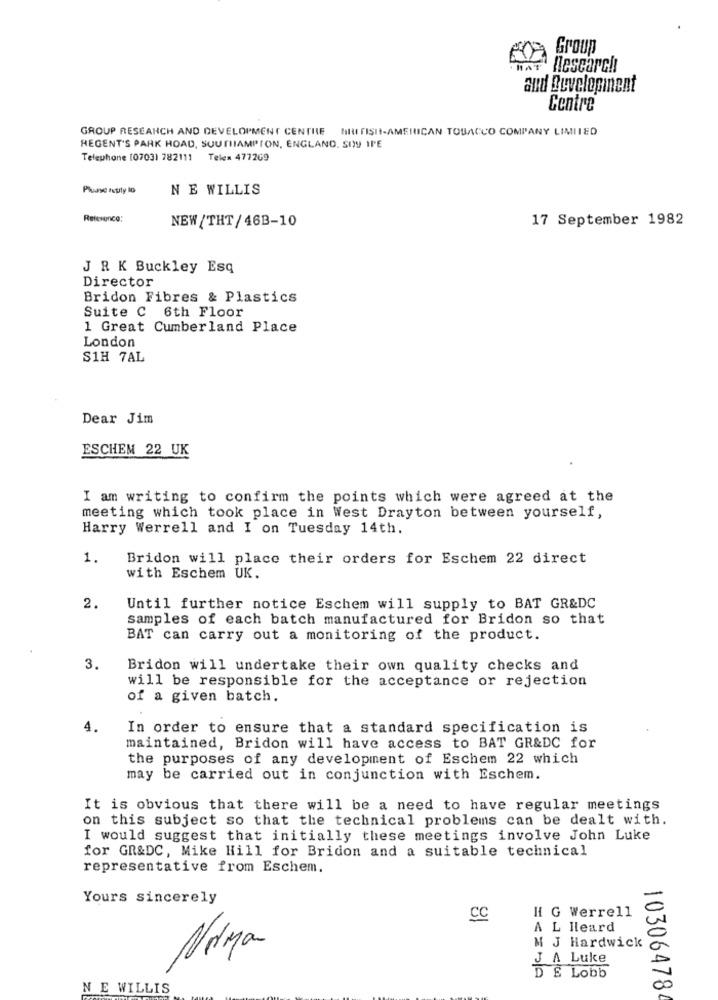
Group
.HAT
Research
and Development
Centre
GROUP RESEARCH AND DEVELOPMENT CENTRE MIU FISI-AMERICAN TOBACCO COMPANY LIMITED
REGENT'S PARK ROAD, SOUTHAMPTON, ENGLAND. SOY IP'E
Telephone [0703) 782111 Telex 477269
Plusse seusty IG
N E WILLIS
Reference:
17 September 1982
NEW/THT/46B-10
J R K Buckley Esq
Director
Bridon Fibres & Plastics
Suite C 6th Floor
1 Great Cumberland Place
London
S1H 7AL
Dear Jim
ESCHEM 22 UK
I am writing to confirm the points which were agreed at the
meeting which took place in West Drayton between yourself,
Harry Werrell and I on Tuesday 14th.
1.
Bridon will place their orders for Eschem 22 direct
with Eschem UK.
2.
Until further notice Eschem will supply to BAT GR&DC
samples of each batch manufactured for Bridon so that
BAT can carry out a monitoring of the product.
3.
Bridon will undertake their own quality checks and
will be responsible for the acceptance or rejection
of a given batch.
4.
In order to ensure that a standard specification is
maintained, Bridon will have access to BAT GR&DC for
the purposes of any development of Eschem 22 which
may be carried out in conjunction with Eschem.
It is obvious that there will be a need to have regular meetings
on this subject so that the technical problems can be dealt with.
I would suggest that initially these meetings involve John Luke
for GR&DC, Mike Hill for Bridon and a suitable technical
representative from Eschem.
-
Yours sincerely
H G Werrell
cc
A L Heard
Norma
M J Hardwick
J A Luke
DE Lobb
N E WILLIS
00
10306478